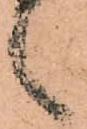
言